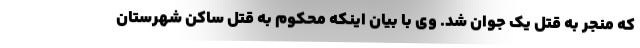
که منجر به قتل یک جوان شد. وی با بیان اینکه محکوم به قتل ساکن شهرستان